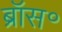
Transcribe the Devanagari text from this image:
ब्रॉस॰